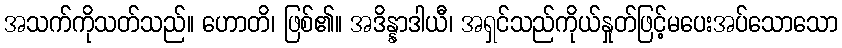
အသက်ကိုသတ်သည်။ ဟောတိ၊ ဖြစ်၏။ အဒိန္နာဒါယီ၊ အရှင်သည်ကိုယ်နှုတ်ဖြင့်မပေးအပ်သောသော